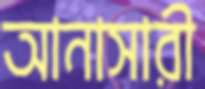
আনাসারী